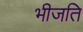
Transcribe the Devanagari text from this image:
भीजति